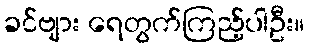
ခင်ဗျား ရေတွက်ကြည့်ပါဦး။